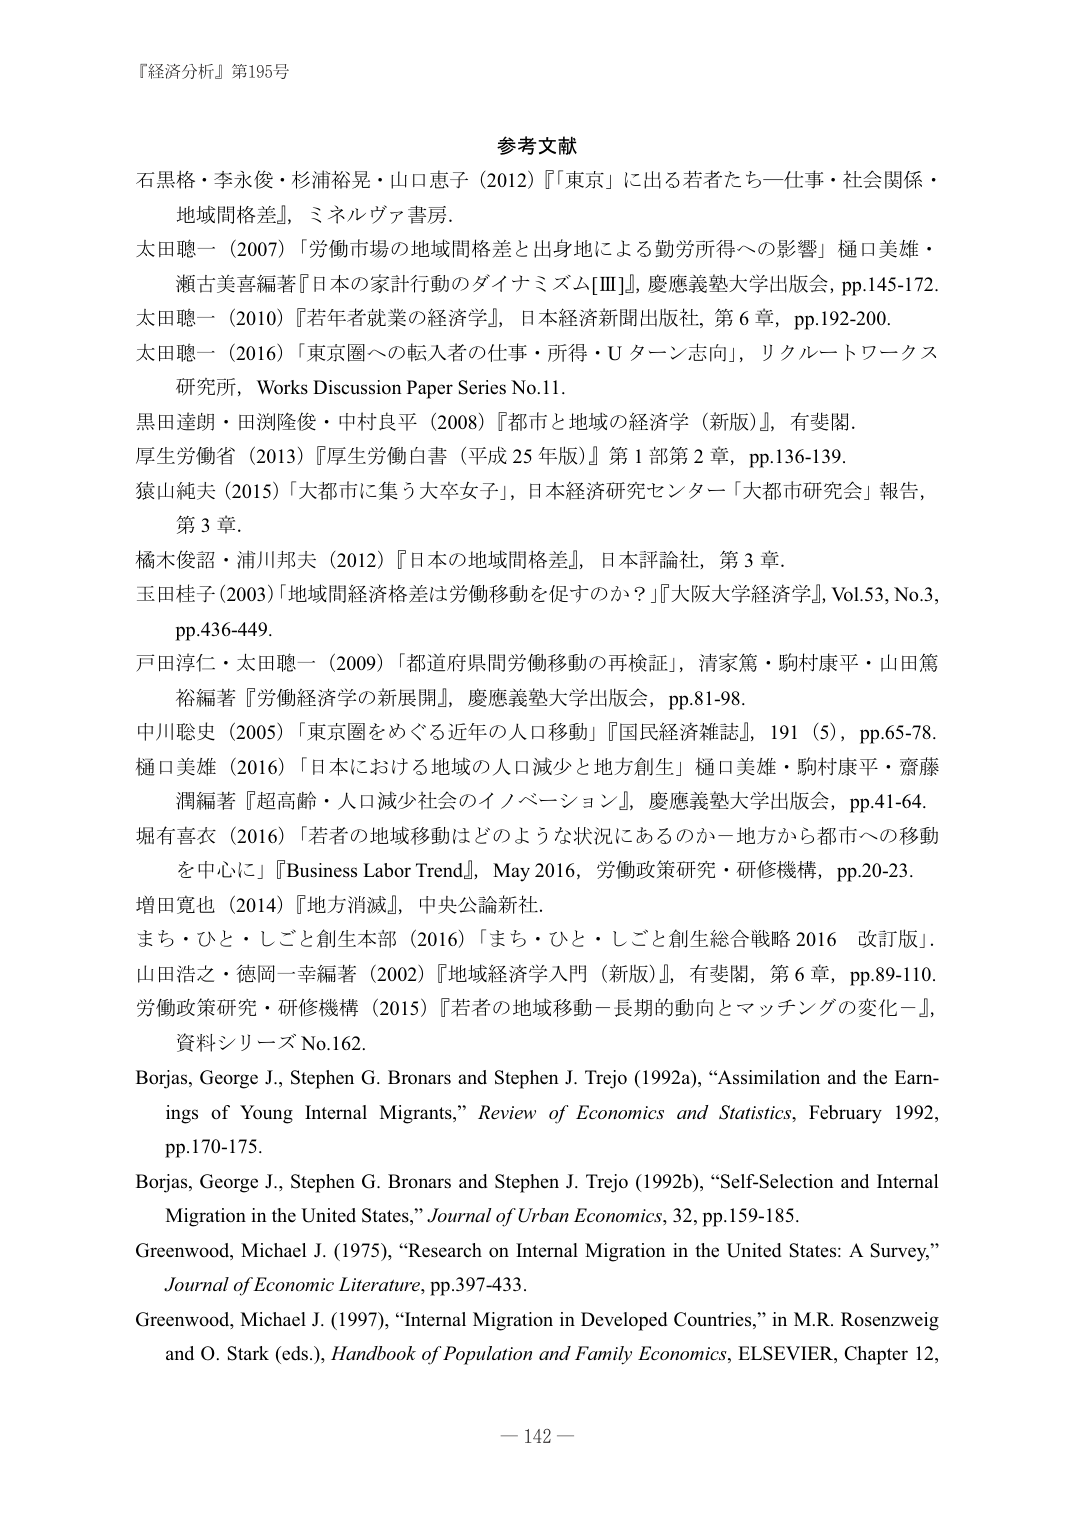
『経済分析』第195号

参考文献

石黒格・李永俊・杉浦裕晃・山口恵子（2012）『「東京」に出る若者たち―仕事・社会関係・地域間格差』，ミネルヴァ書房．

太田聰一（2007）「労働市場の地域間格差と出身地による勤労所得への影響」樋口美雄・瀬古美喜編著『日本の家計行動のダイナミズム[Ⅲ]』，慶應義塾大学出版会，pp.145-172．

太田聡一（2010）『若年者就業の経済学』，日本経済新聞出版社，第6章，pp.192-200．

太田聡一（2016）「東京圏への転入者の仕事・所得・Uターン志向」，リクルートワークス研究所，Works Discussion Paper Series No.11．

黒田達朗・田渕隆俊・中村良平（2008）『都市と地域の経済学（新版）』，有斐閣．

厚生労働省（2013）『厚生労働白書（平成25年版）』第1部第2章，pp.136-139．

猿山純夫（2015）「大都市に集う大卒女子」，日本経済研究センター「大都市研究会」報告，第3章．

橘木俊詔・浦川邦夫（2012）『日本の地域間格差』，日本評論社，第3章．

玉田桂子（2003）「地域間経済格差は労働移動を促すのか？」『大阪大学経済学』，Vol.53, No.3，pp.436-449．

戸田淳仁・太田聡一（2009）「都道府県間労働移動の再検証」，清家篤・駒村康平・山田篤裕編著『労働経済学の新展開』，慶應義塾大学出版会，pp.81-98．

中川聡史（2005）「東京圏をめぐる近年の人口移動」『国民経済雑誌』，191（5），pp.65-78．

樋口美雄（2016）「日本における地域の人口減少と地方創生」樋口美雄・駒村康平・齋藤潤編著『超高齢・人口減少社会のイノベーション』，慶應義塾大学出版会，pp.41-64．

堀有喜衣（2016）「若者の地域移動はどのような状況にあるのか－地方から都市への移動を中心に」『Business Labor Trend』，May 2016，労働政策研究・研修機構，pp.20-23．

増田寛也（2014）『地方消滅』，中央公論新社．

まち・ひと・しごと創生本部（2016）「まち・ひと・しごと創生総合戦略2016 改訂版」．

山田浩之・徳岡一幸編著（2002）『地域経済学入門（新版）』，有斐閣，第6章，pp.89-110．

労働政策研究・研修機構（2015）『若者の地域移動－長期的動向とマッチングの変化－』，資料シリーズNo.162．

Borjas, George J., Stephen G. Bronars and Stephen J. Trejo (1992a), “Assimilation and the Earnings of Young Internal Migrants,” Review of Economics and Statistics, February 1992, pp.170-175.

Borjas, George J., Stephen G. Bronars and Stephen J. Trejo (1992b), “Self-Selection and Internal Migration in the United States,” Journal of Urban Economics, 32, pp.159-185.

Greenwood, Michael J. (1975), “Research on Internal Migration in the United States: A Survey,” Journal of Economic Literature, pp.397-433.

Greenwood, Michael J. (1997), “Internal Migration in Developed Countries,” in M.R. Rosenzweig and O. Stark (eds.), Handbook of Population and Family Economics, ELSEVIER, Chapter 12,

－142－